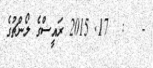
-   :  17